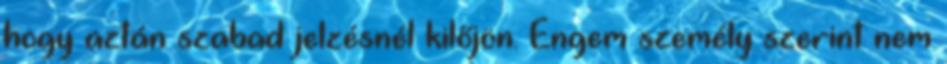
hogy aztán szabad jelzésnél kilőjön. Engem személy szerint nem